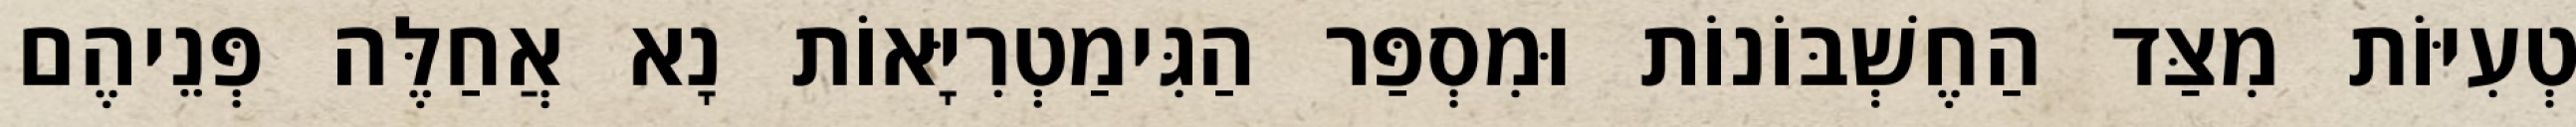
טְעִיּוֹת מִצַּד הַחֶשְׁבּוֹנוֹת וּמִסְפַּר הַגִּימַטְרִיָּאוֹת נָא אֲחַלֶּה פְּנֵיהֶם